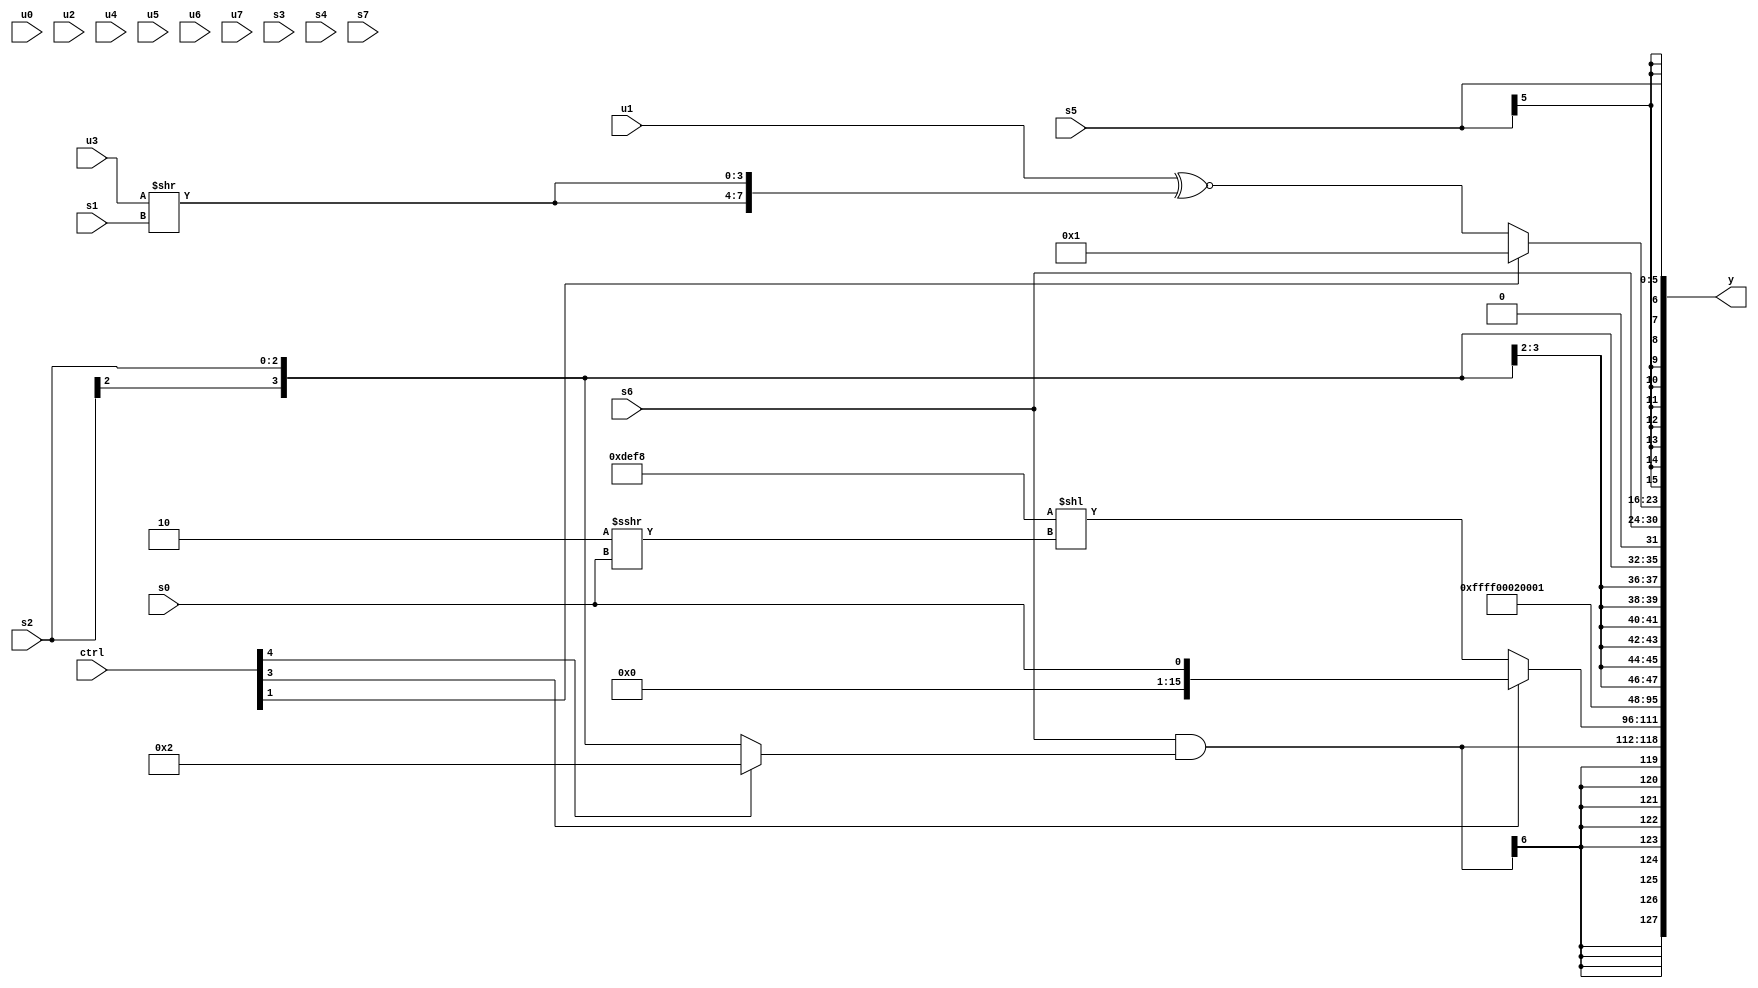
module wideexpr_00010(ctrl, u0, u1, u2, u3, u4, u5, u6, u7, s0, s1, s2, s3, s4, s5, s6, s7, y);
  input [7:0] ctrl;
  input [0:0] u0;
  input [1:0] u1;
  input [2:0] u2;
  input [3:0] u3;
  input [4:0] u4;
  input [5:0] u5;
  input [6:0] u6;
  input [7:0] u7;
  input signed [0:0] s0;
  input signed [1:0] s1;
  input signed [2:0] s2;
  input signed [3:0] s3;
  input signed [4:0] s4;
  input signed [5:0] s5;
  input signed [6:0] s6;
  input signed [7:0] s7;
  output [127:0] y;
  wire [15:0] y0;
  wire [15:0] y1;
  wire [15:0] y2;
  wire [15:0] y3;
  wire [15:0] y4;
  wire [15:0] y5;
  wire [15:0] y6;
  wire [15:0] y7;
  assign y = {y0,y1,y2,y3,y4,y5,y6,y7};
  assign y0 = (s6)&((ctrl[4]?4'sb0010:s2));
  assign y1 = (ctrl[3]?s0:(-({3{5'b01000}}))<<((3'sb110)>>>(s0)));
  assign y2 = 1'sb1;
  assign y3 = $unsigned(3'sb010);
  assign y4 = $signed(3'sb001);
  assign y5 = s2;
  assign y6 = {s6,$unsigned((ctrl[1]?2'sb01:(u1)^~({2{(u3)>>(s1)}})))};
  assign y7 = $signed(s5);
endmodule